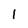
Character: l